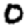
Digit: 0